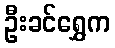
ဦးခင်ရွှေက